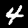
Label: 4